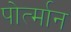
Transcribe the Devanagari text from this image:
पोर्त्मान